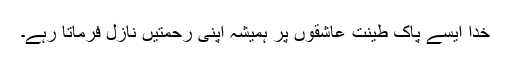
خدا ایسے پاک طینت عاشقوں پر ہمیشہ اپنی رحمتیں نازل فرماتا رہے۔